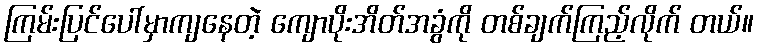
ကြမ်းပြင်ပေါ်မှာကျနေတဲ့ ကျောပိုးအိတ်အခွံကို တစ်ချက်ကြည့်လိုက် တယ်။